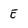
Character: E